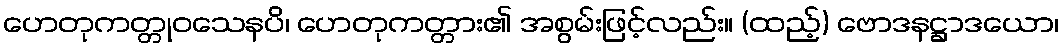
ဟေတုကတ္တုဝသေနပိ၊ ဟေတုကတ္တား၏ အစွမ်းဖြင့်လည်း။ (ထည့်) ဗောဒနဋ္ဌာဒယော၊